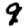
Digit: 9